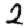
Digit: 2